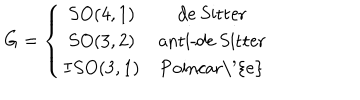
G = \left\{ \begin{array} { c c } { { S O ( 4 , 1 ) } } & { { \textrm { d e S i t t e r } } } \\ { { S O ( 3 , 2 ) } } & { { \textrm { a n t i - d e S i t t e r } } } \\ { { I S O ( 3 , 1 ) } } & { { \textrm { P o i n c a r \' { e } } } } \\ \end{array} \right.